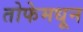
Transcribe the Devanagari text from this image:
तोफेमधून